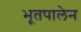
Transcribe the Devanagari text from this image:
भूतपालेन